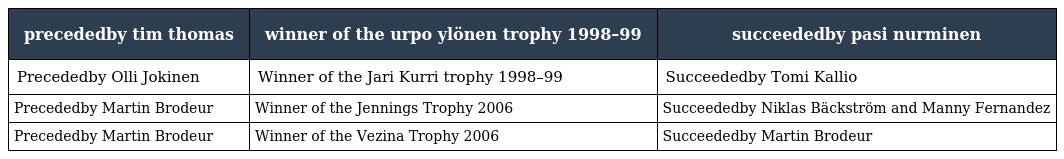
| precededby tim thomas | winner of the urpo ylönen trophy 1998–99 | succeededby pasi nurminen |
 | --- | --- | --- |
 | Precededby Olli Jokinen | Winner of the Jari Kurri trophy 1998–99 | Succeededby Tomi Kallio |
 | Precededby Martin Brodeur | Winner of the Jennings Trophy 2006 | Succeededby Niklas Bäckström and Manny Fernandez |
 | Precededby Martin Brodeur | Winner of the Vezina Trophy 2006 | Succeededby Martin Brodeur |